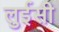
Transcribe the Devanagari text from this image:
लुईसी